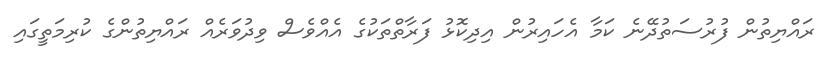
ރައްޔިތުން ފުރުސަތުދޭނެ ކަމާ އެހައިރުން އިދިކޮޅު ފަރާތްތަކުގެ އެއްވެސް ވިދުވަރެއް ރައްޔިތުންގެ ކުރިމަތީގައި